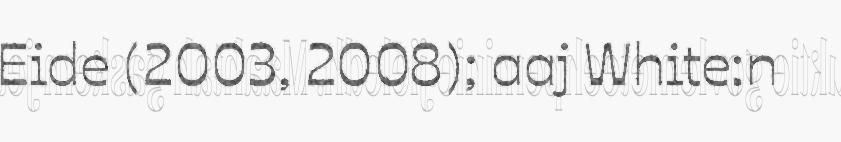
Eide (2003, 2008); aaj White:n